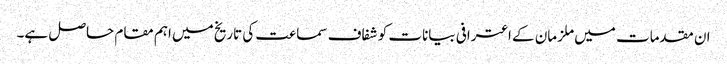
ان مقدمات میں ملزمان کے اعترافی بیانات کو شفاف سماعت کی تاریخ میں اہم مقام حاصل ہے۔